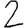
Digit: 2